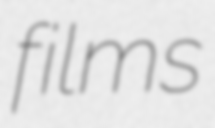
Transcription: films